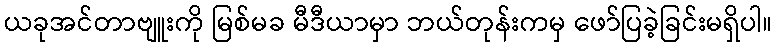
ယခုအင်တာဗျူးကို မြစ်မခ မီဒီယာမှာ ဘယ်တုန်းကမှ ဖော်ပြခဲ့ခြင်းမရှိပါ။